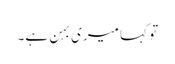
تو کہا میری بہن ہے۔